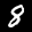
Label: 8